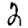
Digit: 2